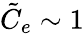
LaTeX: \tilde{C}_{e}\sim 1